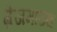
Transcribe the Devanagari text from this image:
ग्रेंजमाउथ